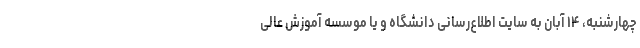
چهارشنبه، ۱۴ آبان به سایت اطلاع‌رسانی دانشگاه و یا موسسه آموزش عالی